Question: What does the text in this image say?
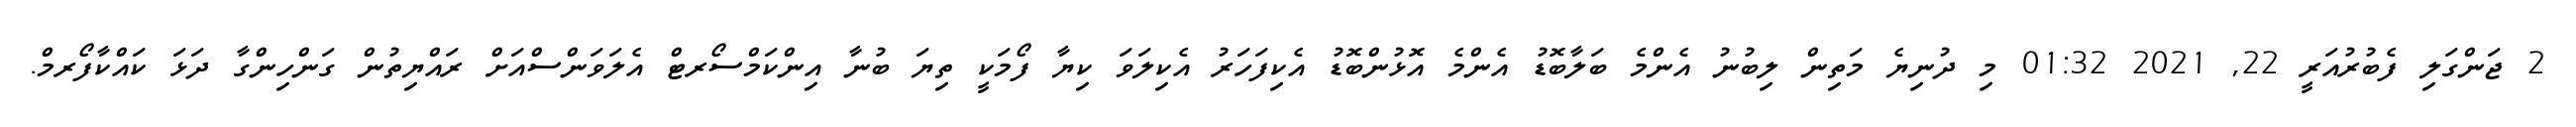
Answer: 2 ޖަންގަލި ފެބުރުއަރީ 22, 2021 01:32 މި ދުނިޔެ މަތިން ލިބުނު އެންމެ ބަލާބޮޑު އެންމެ އޮޅުންބޮޑު އެކިފަހަރު އެކިލަވަ ކިޔާ ފޯމަކީ ތިޔަ ބުނާ އިންކަމްސޯރޓް އެލަވަންސްއަށް ރައްޔިތުން ގަންހިންގާ ދަޅަ ކައްކާފޯރމް.